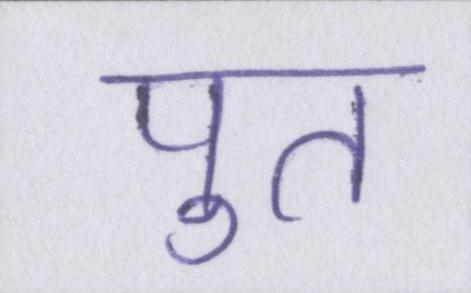
पुत